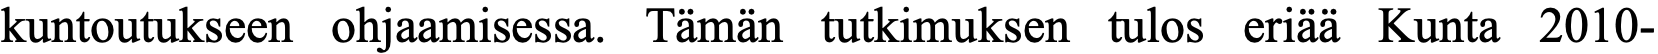
kuntoutukseen ohjaamisessa. Tämän tutkimuksen tulos eriää Kunta 2010-